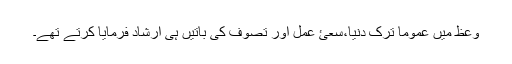
وعظ میں عموماً ترکِ دُنیا،سعئ عمل اور تصوّف کی باتیں ہی ارشاد فرمایا کرتے تھے۔